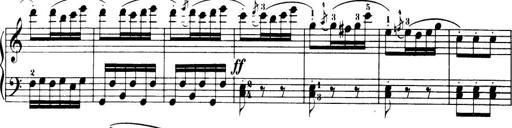
Title: 32 Sonatinas and Rondos for the Piano
Composer: Richard Kleinmichel